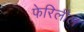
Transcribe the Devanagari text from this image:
फेरिलील